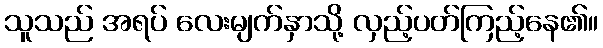
သူသည် အရပ် လေးမျက်နှာသို့ လှည့်ပတ်ကြည့်နေ၏။